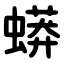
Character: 蟒